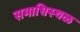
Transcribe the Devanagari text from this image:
समाधिस्‍थळ